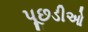
પૂછડીઓ